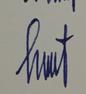
Signature authenticity: genuine